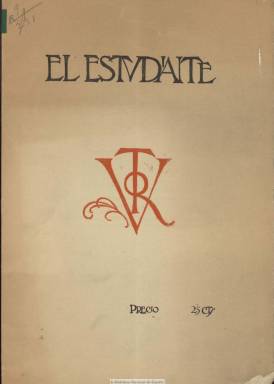
Título: El Estudiante (Salamanca)
Otros títulos: Estvdiante || Estudiante (Madrid. 1925)
Colección: Cultura
Ámbito geográfico: Salamanca
Lugar de publicación: Madrid
Fechas: 01/05/1925-10/01/1926

Había sido de las publicaciones más olvidadas de la edad de plata y uno de los capítulos menos estudiados en su oposición a la dictadura primoriverista, según indicara en su momento Osuna (1986), pero Francisco de Luis Martín (1994) llevará a cabo el primer estudio de la que ya incluirán Seoane y Sáiz (1996) como una precursora de las revistas culturales españolas de izquierda, mientras que Mayte Gómez (2005) ha analizado aquéllos de sus textos que criticaron abiertamente la cultura burguesa desde la alianza de un grupo de intelectuales –que formarían la “otra” generación del 27- con el movimiento obrero. Comienza a publicarse el uno de mayo de 1925 en Salamanca, y desde el seis de diciembre de ese mismo año lo hará desde Madrid, iniciando su segunda época. Se considera como inspirador y alma de la revista al jurista, historiador, traductor y después político comunista Wenceslao Roces y Suárez (1897-1997), entonces catedrático de Derecho Romano en la Universidad de Salamanca y amigo personal de su vicerrector, Miguel de Unamuno (1864-1936), quien desde febrero de 1924 se encontraba desterrado en Fuerteventura por orden del dictador Miguel Primo de Rivera (1870-1930).

La publicación se alzará como la voz pionera de un sector de intelectuales y jóvenes estudiantes que estrecharán sus relaciones para hacer frente común activo y duro contra la ruina moral y material de la Dictadura, oponiéndose tempranamente a su política docente, aspirando a la reforma universitaria española y tomando para ello como modelo la que se venía desarrollando en América, especialmente en Argentina. Esto ha permitido a Lucía Carreño (2012) analizar también esta revista en su trabajo Relaciones culturales hispanoargentinas en la década del veinte: universitarios, intelectuales y maestros, un diálogo a través de revistas estudiantiles.

En las páginas de esta publicación se dará cita lo más granado de la intelectualidad liberal y progresista española, que apostará incluso por el compromiso social y político -entre el socialismo y el comunismo- frente al arte por el arte o el arte puro, que había sido denunciado por José Ortega y Gasset, quien será también uno de sus colaboradores. Como corresponsales literarios (en el Ateneo de Madrid) estarán Salvador María Vila y Ángel Santos Mirat, siendo sustituido este, desde el número 7, por Rafael Giménez Siles. Entre los intelectuales socialistas que comenzarán a colaborar en sus páginas se encuentran Fernando de los Ríos, Rodolfo Llopis, Fernando Felipe o Luis Araquistain; y entre los liberales, Adolfo A. Buylla (sólo en su primera época), Luis de Zulueta, Luis Santillano, Enrique Martí y Jara, Leopoldo Alas Argüelles, Gustavo Pittaluga, Américo Castro, Gregorio Marañón, Casto Pietro Carrasco o el mexicano José Vasconcelos. Además de Luis Maldonado, Silvio Itálico, Francisco Ruipérez, Ángel de Apráiz, Federico Santander, María Luisa Dorado, José Moreno Villa, Gonzalo R. Lafora, V. García de Diego, P. Henríquez Ureña o E. Alarcos, entre otros. La portada, dibujos y viñetas serán de Julio Núñez.

El estudiante adopta su título del clásico de las letras románticas españolas y su primer subtítulo será “revista de la juventud escolar española”. Cada entrega, con una cubierta con el víctor de la universidad salmantina estampado a dos tintas, es de dieciséis páginas, compuestas a dos columnas. Comienza cada una con los editoriales y artículos sobre cuestiones universitarias, y los demás contenidos se estructuran a través de secciones permanentes. Entre estas aparecen la de Libros (en la que se reseñarán algunos de Unamuno, del que se publicará una silueta en el primer número pero que nunca llegará a enviar ninguna colaboración); Nuestros héroes (semblanzas de personalidades); Aire libre (sobre cultura física y deporte); Gaudeamus (crítica contra la moral y los viejos valores tradicionales escrita en tono jocoso e irónico); América (informaciones y artículos sobre la renovación universitaria en este continente), y otras bajo los epígrafes Panorama espiritual, Páramo y Piedras. Como publicidad, inserta una guía profesional salmantina (de médicos, abogados, etc.).

La revista no sólo se configuró como órgano de las aspiraciones renovadoras de la universidad salmantina sino de las juventudes universitarias en general y organizó una red de representantes o corresponsales en los centros más importantes. Además de los citados en Madrid, José A.G. Santaelices fue corresponsal en Valladolid; José Serrano, en Oviedo; José Costero y Fermín Gutiérrez, en Zaragoza; José Díaz Fernández, en Gijón; Manuel Ruiz de la Villa, en Santander; Ángel Revilla, en Lugo, y Miguel González, en Málaga, entre otros. También llegará a disponer de otros corresponsales en Argentina, Cuba, Francia, Italia y Alemania.

La publicación venía siendo estampada en la imprenta salmantina de Francisco González, y en su número 13, de julio de 1925, informará de su suspensión temporal en agosto, debido a “ciertas dificultades de imprenta”, como señala, pero quizá también lo fuera por la presión de la censura militar a la que fue sometida desde su nacimiento y a la falta de un ambiente propicio en una ciudad “levítica”, como había sido definida Salamanca. Reaparecerá el seis de diciembre, iniciando su segunda época y la numeración de sus entregas, estampada ahora en la imprenta madrileña de Caro Raggio e indicará bajo su cabecera el nombre de director: el ya citado Rafael Giménez Siles, que un año antes había fundado la Unión Liberal de Estudiantes. Este estará acompañado al frente de la redacción por el abogado, ateneista y presidente del Grupo de Estudiantes Socialistas de Madrid José Antonio Balbotín, destacando también en las tareas de redacción Antonio Garrigues, expresidentes de la Asociación Oficial de Estudiantes de Derecho. Apenas cambiará su estructura, pero adquirirá mayor radicalidad y tintes más intelectuales o culturales, con artículos sobre derecho, arte o pedagogía, además de los literarios. Su sección de Libros estará ahora bajo la dirección de Esteban Salazar y Chapela, y seguirá publicando por entregas, parte de la novela inédita de Ramón María del Valle Inclán: Tirano banderas. Se incorpora también el ilustrador Luis Bagaría.

Ahora adopta el subtítulo “semanario de la juventud española” y, además del sumario, insertará un cuadro de colaboradores, “una impresionante lista nominal” alfabética  -como la califica César Antonio Molina (1990), algunos de los cuales no llegarán a publicar en sus páginas. Entre estos aparecen Ángel Ossorio y Gallardo, Alfonso Reyes, Pío Baroja, Cipriano Rivas Cherif, Ramón Gómez de la Serna, Francisco Vighi, Federico García Lorca, Antonio Espina, Rafael Alberti, Juan Andrade, Gabriel Alomar, Julio Álvarez del Vayo, Manuel Azaña, Julián Besteiro, Manuel Bartolomé Cossío, Enrique Díez Canedo, Marcelino Domingo, Juan Negrín o Luis Tapia, entre otros muchos.

El número 6 de esta segunda época, correspondiente al diez de enero de 1926, es el último de la colección de la Biblioteca Nacional de España, pero el semanario siguió publicándose en Madrid hasta su número 14, correspondiendo este al uno de mayo de 1926, el mismo día de su nacimiento un año anterior y fecha simbólica para el movimiento obrero, y debió desaparecer probablemente por la presión dictatorial. En el mismo se había rendido pública admiración por el socialista Luis Jiménez de Assúa (que tampoco llega a colaborar) y se encontró frente a las asociaciones estudiantiles católicas que hasta el momento habían monopolizado la universidad española. Como reflejo de sus aspiraciones de renovación, los artífices de la revista fundarán en enero del siguiente año la Federación Universitarias Escolares (FUE), que protagonizarán el estallido universitario de los años 1929-1930 contra la dictadura, a la vez que continuarán con su trabajo intelectual y literario fundando y dirigiendo revistas como Post-guerra (1927-1928) y Nueva España (1930).